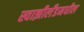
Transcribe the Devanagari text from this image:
स्वाझीलँडमधील